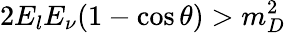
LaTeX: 2E_{l}E_{\nu}(1-\cos\theta)>m_{D}^{2}